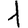
Digit: 1